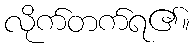
လိုက်တက်ရ၏။